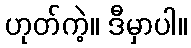
ဟုတ်ကဲ့။ ဒီမှာပါ။